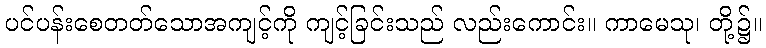
ပင်ပန်းစေတတ်သောအကျင့်ကို ကျင့်ခြင်းသည် လည်းကောင်း။ ကာမေသု၊ တို့၌။